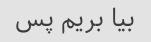
بیا بریم پس